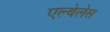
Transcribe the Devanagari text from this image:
एल्बेलेस